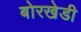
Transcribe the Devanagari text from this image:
बोरखेडी